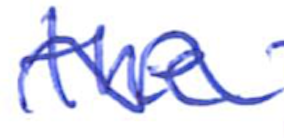
Text: the
Cross-out: mix
Writing tool: ballpoint